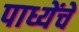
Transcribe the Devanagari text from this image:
पाध्येंचे